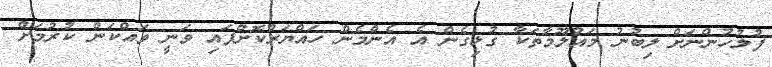
ފުލުހުންނަށް ލިބުނު މައުލޫމާތަކާ ގުޅިގެން އެ އެންމެން ހައްޔަރުކޮށްފައި ވަނީ ވައްކަން ކުރުމަށް